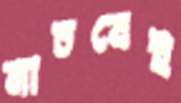
নাচবেই